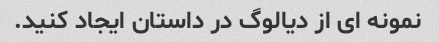
نمونه ای از دیالوگ در داستان ایجاد کنید.